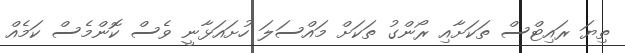
ތިޔަ ރައިޓްސް ތަކަށާއި ރޯންގު ތަކަށް މައްސަލަ ހުށައަޅާނީ ވެސް ކޮންމެސް ކަމެއް